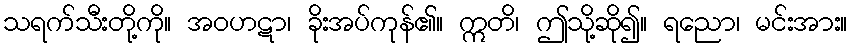
သရက်သီးတို့ကို။ အဝဟဋာ၊ ခိုးအပ်ကုန်၏။ ဣတိ၊ ဤသို့ဆို၍။ ရညော၊ မင်းအား။